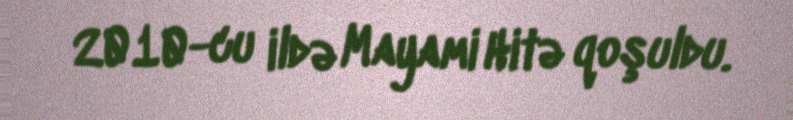
2010-cu ildə Mayami Hitə qoşuldu.